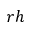
r h